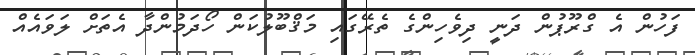
ފަހުން އެ ގްރޫޕުން ދަނީ ދިވެހިންގެ ތެރޭގައި މަޤްބޫލުކަން ހޯދަމުންދާ އެތަށް ލަވައެއް